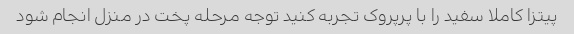
پیتزا کاملا سفید را با پرپروک تجربه کنید توجه مرحله پخت در منزل انجام شود